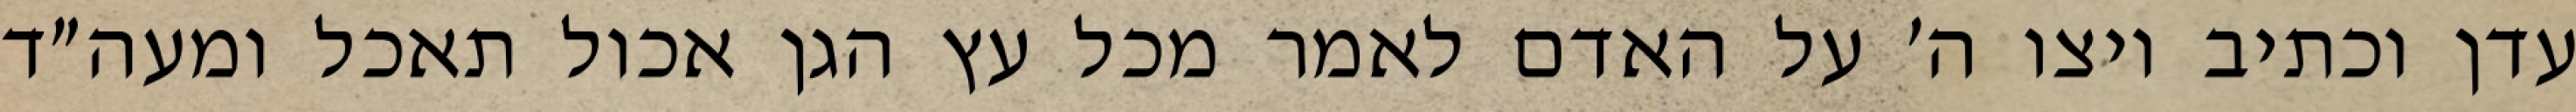
עדן וכתיב ויצו ה׳ על האדם לאמר מכל עץ הגן אכול תאכל ומעה״ד